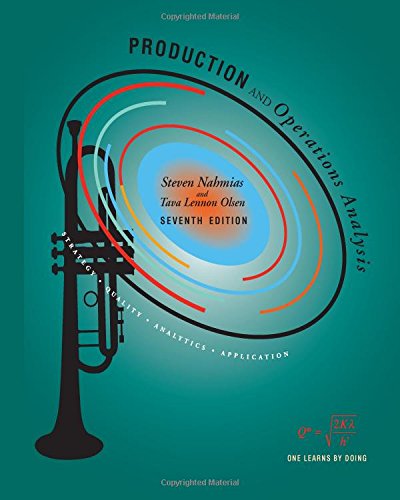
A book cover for Production and Operations Analysis, Seventh Edition; Steven Nahmias; Business & Money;